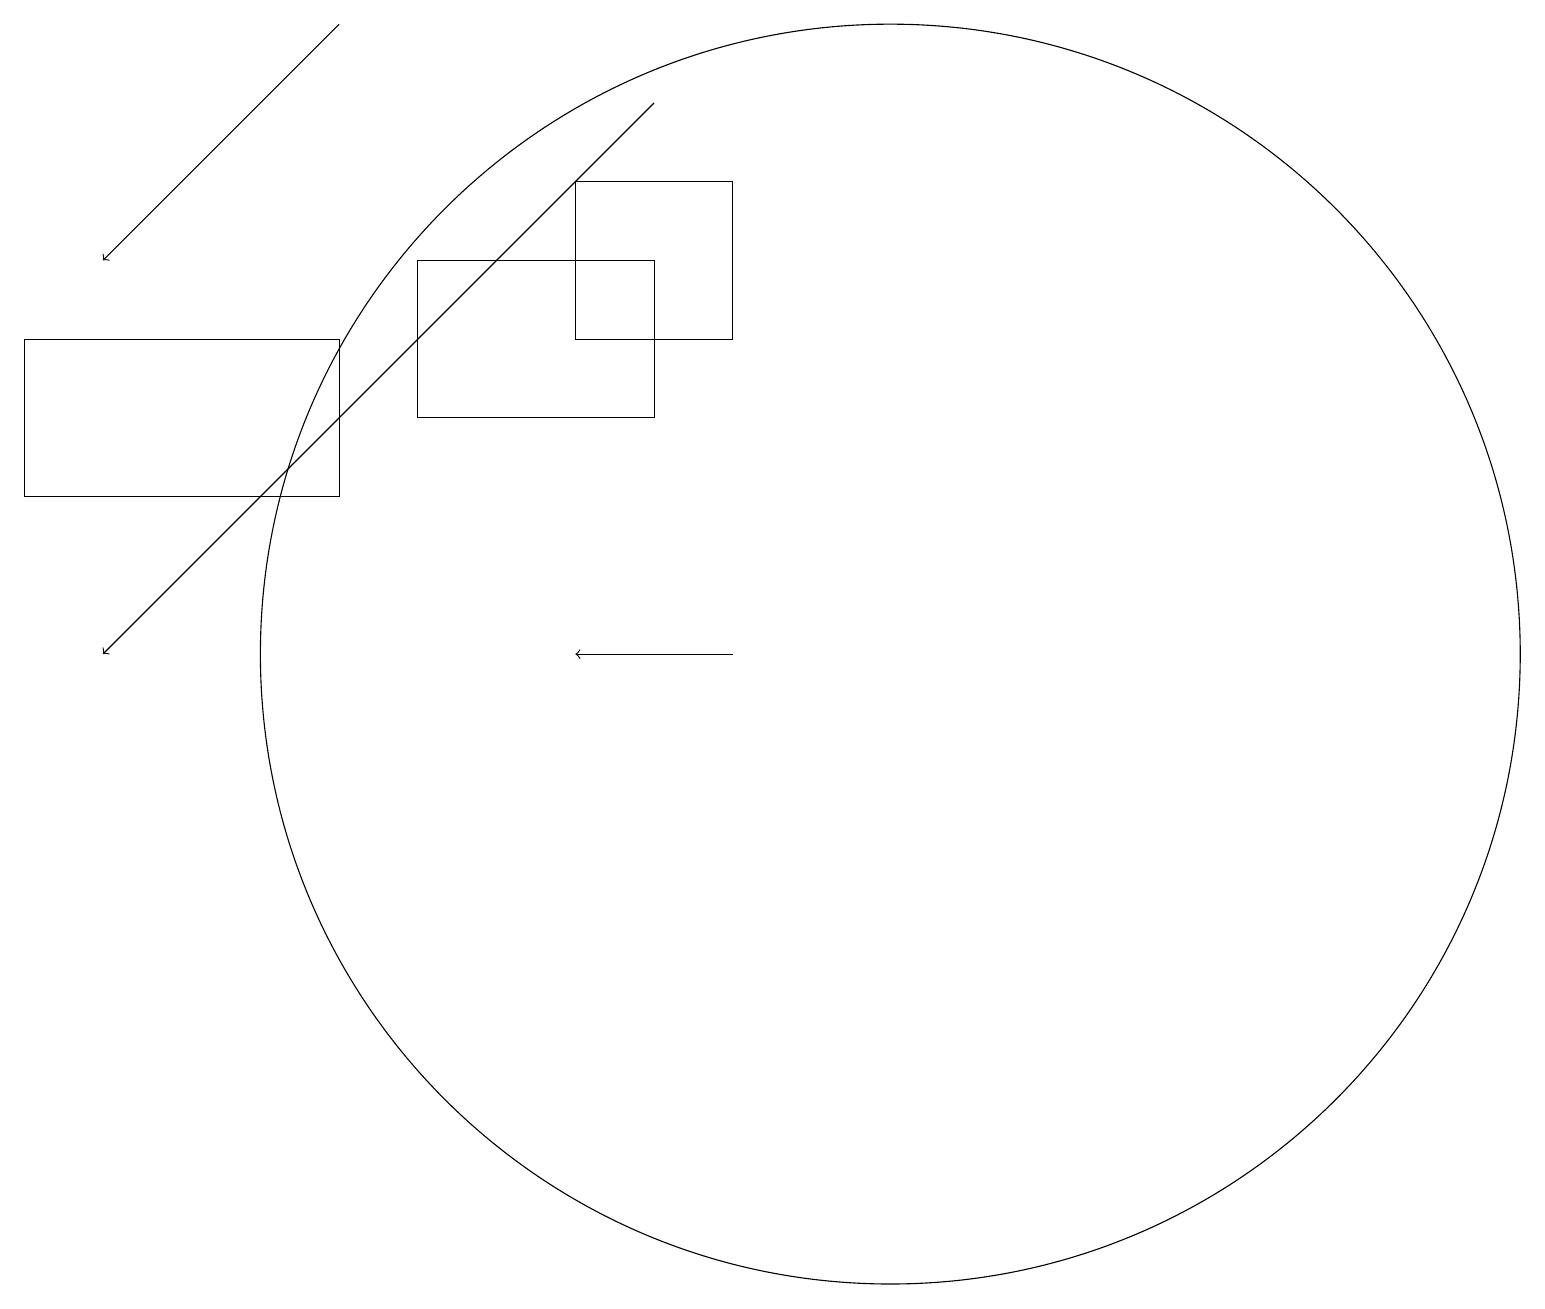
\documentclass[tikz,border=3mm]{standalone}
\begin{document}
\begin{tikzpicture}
\draw (9,16) rectangle (7,14);
\draw[->] (9,10) -- (7,10);
\draw[->] (4,18) -- (1,15);
\draw[->] (8,17) -- (1,10);
\draw (11,10) circle (8);
\draw (5,13) rectangle (8,15);
\draw (4,14) rectangle (0,12);
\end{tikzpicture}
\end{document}